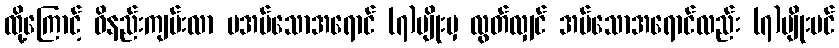
ထို့ကြောင့် ဝိနည်းကျမ်းလာ မအပ်သောအရောင် (၇)မျိုးမှ လွတ်လျှင် အပ်သောအရောင်လည်း (၇)မျိုးပင်